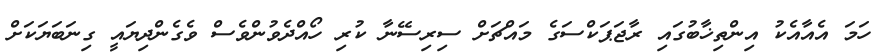
ހަމަ އެއާއެކު އިންތިޚާބުގައި ރާޖަޕަކްސަގެ މައްޗަށް ސިރިސޭނާ ކުރި ހޯއްދެވުންވެސް ވެގެންދިޔައީ ގިނަބަޔަކަށް